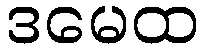
ဒမေထ